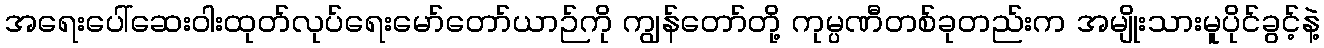
အရေးပေါ်ဆေးဝါးထုတ်လုပ်ရေးမော်တော်ယာဉ်ကို ကျွန်တော်တို့ ကုမ္ပဏီတစ်ခုတည်းက အမျိုးသားမူပိုင်ခွင့်နဲ့